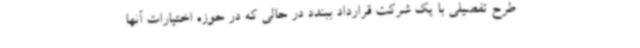
طرح تفصیلی با یک شرکت قرارداد ببندد در حالی که در حوزه اختیارات آنها